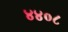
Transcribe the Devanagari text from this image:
४४०८